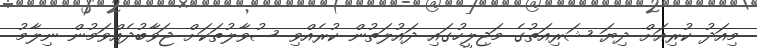
މިއަދު ކުރިއަށް ދިޔަ ޝަރިއަތުގެ މަޖިލީހުގައި ދައުލަތުން ކުރެއްވި ސުވާލުތަކަށް ޖަވާބުދެއްވަމުން ނިލާމު